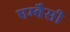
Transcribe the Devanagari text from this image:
एम्बैसी